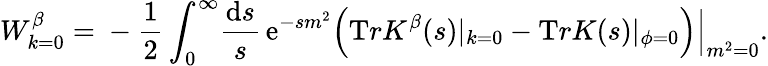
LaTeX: W_{k=0}^{\beta}=\mathrm{}-\frac 12\int_{0}^{\infty}\! \frac{{\mathrm{d}}s}{s}\, {\mathrm e}^{-sm^{2}}\Big({\mathrm Tr}{K}^{\beta}(s)|_{k=0}-{\mathrm Tr}K(s)|_{\phi=0}\Big)\Big|_{m^{2}=0}.